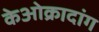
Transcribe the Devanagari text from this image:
केओक्रादांग